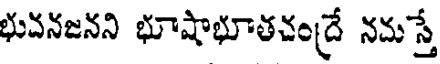
భువనజనని భూషాభూతచంద్రే నమస్తే